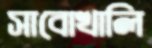
সাবোখালি